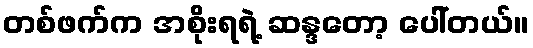
တစ်ဖက်က အစိုးရရဲ့ ဆန္ဒတော့ ပေါ်တယ်။